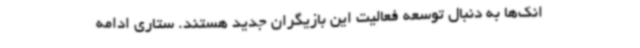
انک‌ها به دنبال توسعه فعالیت این بازیگران جدید هستند. ستاری ادامه